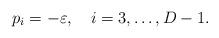
LaTeX: \begin{align*}p_{i}=-\varepsilon ,\quad i=3,\ldots ,D-1. \end{align*}